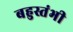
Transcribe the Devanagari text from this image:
बहुस्तंभी